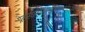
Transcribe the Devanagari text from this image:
प्रेतस्यास्थीनिगृह्णातिप्रधानांगोद्भवानिच